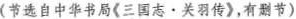
（节选自中华书局《三国志·关羽传》，有删节）